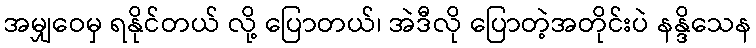
အမျှဝေမှ ရနိုင်တယ် လို့ ပြောတယ်၊ အဲဒီလို ပြောတဲ့အတိုင်းပဲ နန္ဒိသေန